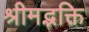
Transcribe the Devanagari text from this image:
श्रीमद्भक्ति